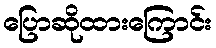
ပြောဆိုထားကြောင်း